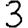
Digit: 3